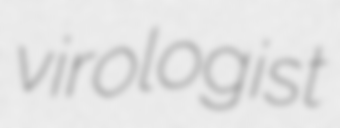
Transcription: virologist